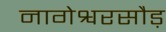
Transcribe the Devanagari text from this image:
नागेश्वरसौड़